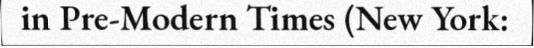
in Pre-Modern Times (New York: